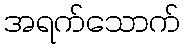
အရက်သောက်